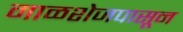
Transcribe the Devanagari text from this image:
माळशेजपासून